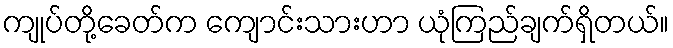
ကျုပ်တို့ခေတ်က ကျောင်းသားဟာ ယုံကြည်ချက်ရှိတယ်။